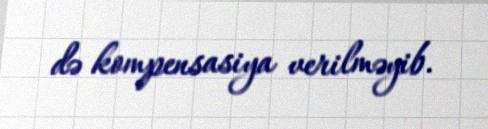
də kompensasiya verilməyib.